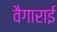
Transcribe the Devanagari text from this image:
वैगाराई